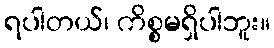
ရပါတယ်၊ ကိစ္စမရှိပါဘူး။